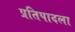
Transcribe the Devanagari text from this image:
प्रतिपादला